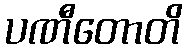
ပဏီတောတိ